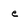
Character: e